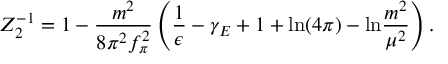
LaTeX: Z _ { 2 } ^ { - 1 } = 1 - \frac { m ^ { 2 } } { 8 \pi ^ { 2 } f _ { \pi } ^ { 2 } } \left( \frac { 1 } { \epsilon } - \gamma _ { E } + 1 + \mathrm { l n } ( 4 \pi ) - \mathrm { l n } \frac { m ^ { 2 } } { \mu ^ { 2 } } \right) .